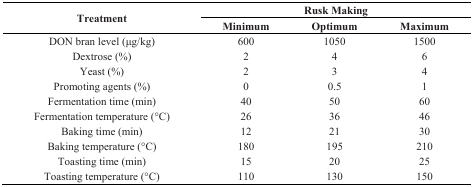
<table><thead><tr><td rowspan="2"><b>Treatment</b></td><td colspan="3"><b>Rusk Making</b></td></tr><tr><td><b>Minimum</b></td><td><b>Optimum</b></td><td><b>Maximum</b></td></tr></thead><tbody><tr><td>DON bran level (μg/kg)</td><td>600</td><td>1050</td><td>1500</td></tr><tr><td>Dextrose (%)</td><td>2</td><td>4</td><td>6</td></tr><tr><td>Yeast (%)</td><td>2</td><td>3</td><td>4</td></tr><tr><td>Promoting agents (%)</td><td>0</td><td>0.5</td><td>1</td></tr><tr><td>Fermentation time (min)</td><td>40</td><td>50</td><td>60</td></tr><tr><td>Fermentation temperature (°C)</td><td>26</td><td>36</td><td>46</td></tr><tr><td>Baking time (min)</td><td>12</td><td>21</td><td>30</td></tr><tr><td>Baking temperature (°C)</td><td>180</td><td>195</td><td>210</td></tr><tr><td>Toasting time (min)</td><td>15</td><td>20</td><td>25</td></tr><tr><td>Toasting temperature (°C)</td><td>110</td><td>130</td><td>150</td></tr></tbody></table>